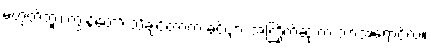
မဟုတ်ဘူး၊ ကျွန်တော် သိချင်တာက ခင်ဗျား အကြိုက်ဆုံးက ဘာအရောင်လဲ။